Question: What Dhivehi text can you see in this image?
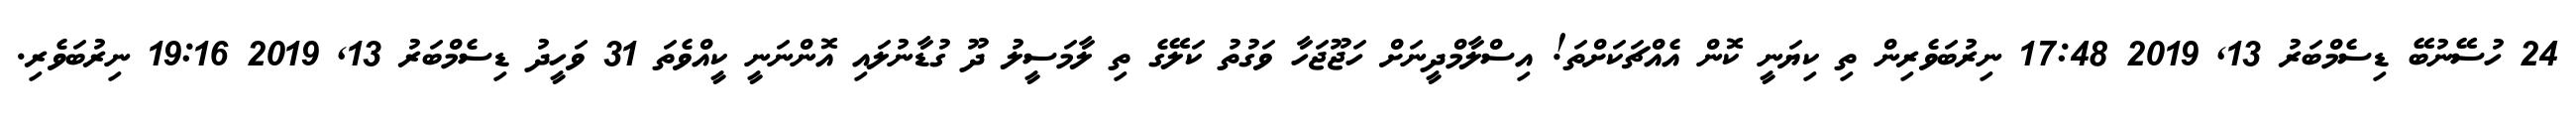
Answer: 24 ހުސޭނުބޭ ޑިސެމްބަރު 13, 2019 17:48 ނިރުބަވެރިން ތި ކިޔަނީ ކޮން އެއްޗަކަށްތަ! އިސްލާމްދީނަށް ހަޖޫޖަހާ ވަގުތު ކަލޭގެ ތި ލާމަސީލު ދޫ ގުޑާނުލައި އޮންނަނީ ކީއްވެތަ 31 ވަހީދު ޑިސެމްބަރު 13, 2019 19:16 ނިރުބަވެރި.